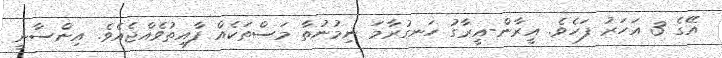
އޭގެ 3 އަހަރު ފަހެވެ. އީރާން-އީރާގު ހަނގުރާމަ ނިމުނުތާ މަސްތަކެއް ފާއިތުވެއްޖެއެވެ. އިންސާނީ